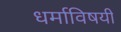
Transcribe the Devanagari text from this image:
धर्माविषयी